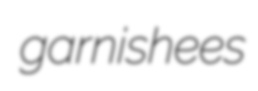
garnishees